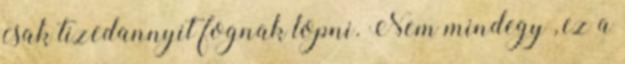
csak tizedannyit fognak lopni. Nem mindegy , ez a